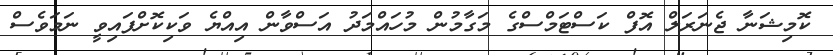
ކޮމިޝަނާ ޖެނަރަލް އޮފް ކަސްޓަމްސްގެ މަގާމުން މުހައްމަދު އަސްވާން އިއްޔެ ވަކިކޮށްފައިވީ ނަމަވެސް